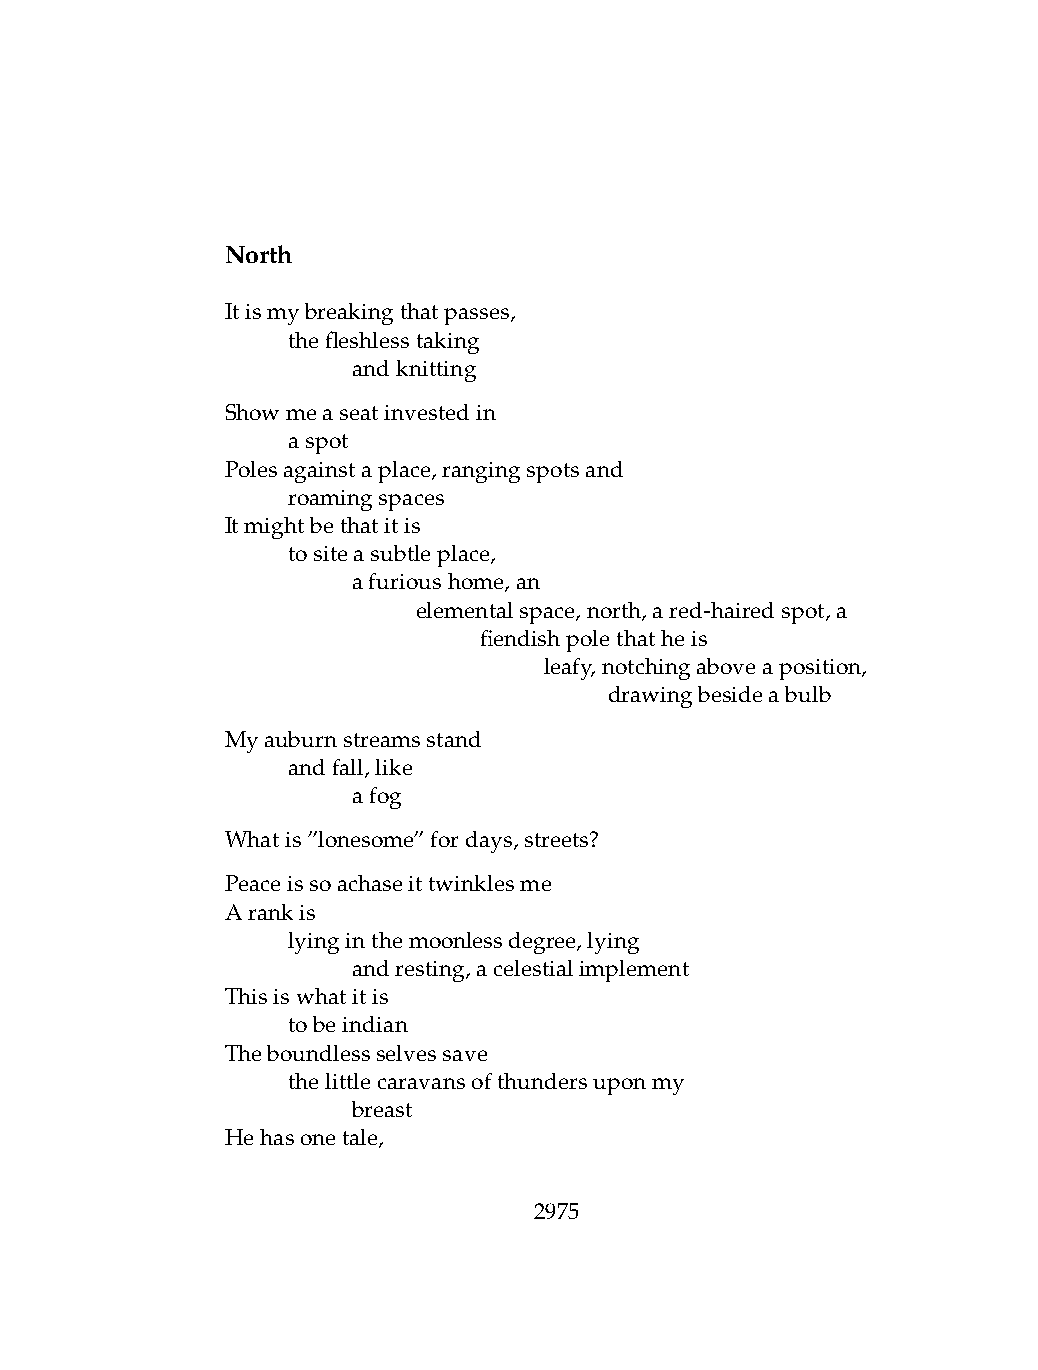
North
 Itismybreakingthatpasses,
 .   thefleshlesstaking
 .   .   andknitting
 Showmeaseatinvestedin
 .   aspot
 Polesagainstaplace,rangingspotsand
 .   roamingspaces
 Itmightbethatitis
 .   tositeasubtleplace,
 .   .   afurioushome,an
 .   .   .    elementalspace,north,ared-hairedspot,a
 .   .   .    .   fiendishpolethatheis
 .   .   .    .   .   leafy,notchingaboveaposition,
 .   .   .    .   .   .   drawingbesideabulb
 Myauburnstreamsstand
 .   andfall,like
 .   .   afog
 Whatis”lonesome”fordays,streets?
 Peaceissoachaseittwinklesme
 Arankis
 .   lyinginthemoonlessdegree,lying
 .   .   andresting,acelestialimplement
 Thisiswhatitis
 .   tobeindian
 Theboundlessselvessave
 .   thelittlecaravansofthundersuponmy
 .   .   breast
 Hehasonetale,
 2975